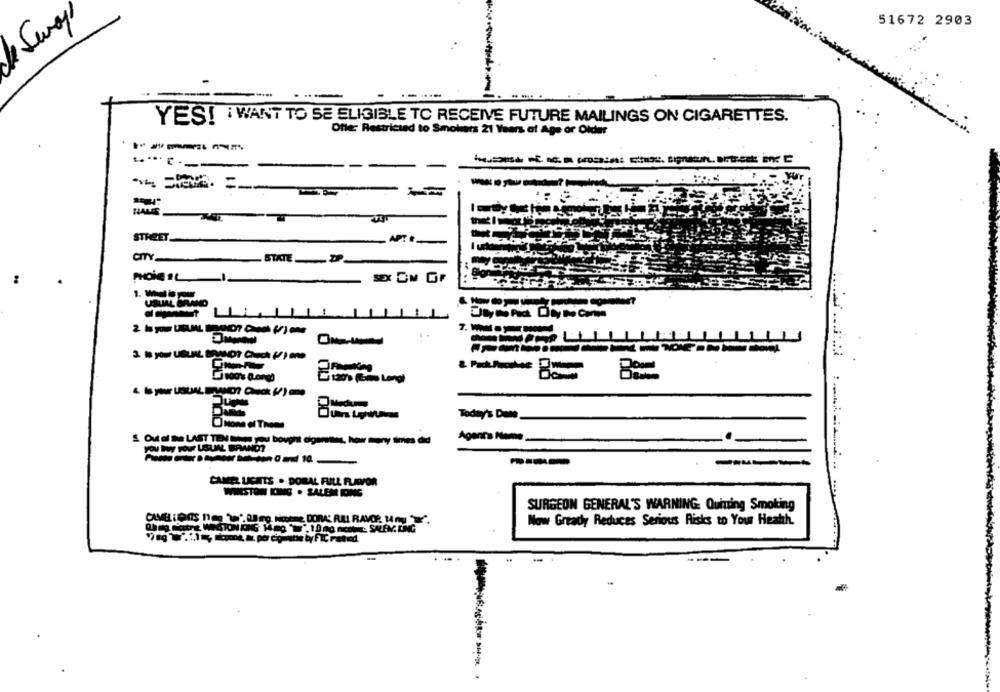
Sway
51672 2903
enityed
YES! i WANT TO SE ELIGIBLE TO RECEIVE FUTURE MAILINGS ON CIGARETTES.
Ofle: Restricted to Smokers 21 Years of Age or Older
-----
L .** [ ----
---
HAUS
-
STREET
-
APTE
OTY STATE
SEX OM OF
E120'% (is Long)
Today's Dume
S Out of the LAST TEN Mega you bought cigenees, how many times did
Agenta Nome
----------
----
CAMEL LICHTS . DORAL FULL FLAVOR
WIESTON ICING . SALEM DI
SURGEON GENERAL'S WARNING: Quitting Smoking
CAMELLOIS neg '\", Leg. Notme DORA RLI RAMCE. HAN ".
Now Gready Reduces Serious Risks to Your Heath.